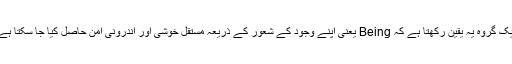
ایک گروہ یہ یقین رکھتا ہے کہ Being یعنی اپنے وجود کے شعور کے ذریعہ مستقل خوشی اور اندرونی امن حاصل کیا جا سکتا ہے۔